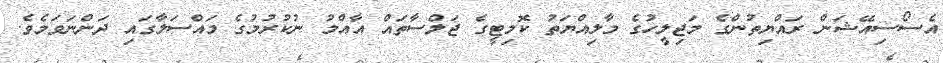
އެސޯސިއޭޝަން ރައްޔިތުންގެ މަޖިލީހުގެ މާލިއްޔަތު ކޮމިޓީގެ ޖަލްސާތައް އާއްމު ނުކުރުމުގެ މައްސަލާގައި ދަންނަވަމެވެ.